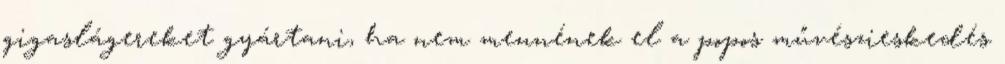
gigaslágereket gyártani, ha nem mennének el a popos művészieskedés